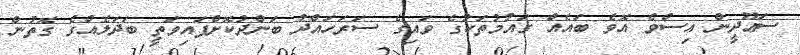
ސަޢޫދީން އިސްވެ އޮވެ ބައެއް ގައުމުތަކުގެ ވައިގެ ސަރަހައްދު ބަންދުކޮށްފައިވަތީ ބަދަލެއްގެ ގޮތުން